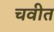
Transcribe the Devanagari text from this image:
चवीत